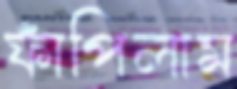
ফাঁপিলাম